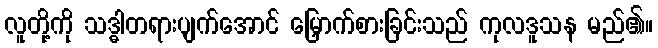
လူတို့ကို သဒ္ဓါတရားပျက်အောင် မြှောက်စားခြင်းသည် ကုလဒူသန မည်၏။